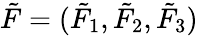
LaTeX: \tilde{F}=(\tilde{F}_{1},\tilde{F}_{2},\tilde{F}_{3})